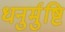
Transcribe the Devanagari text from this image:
धनुर्मुष्टि